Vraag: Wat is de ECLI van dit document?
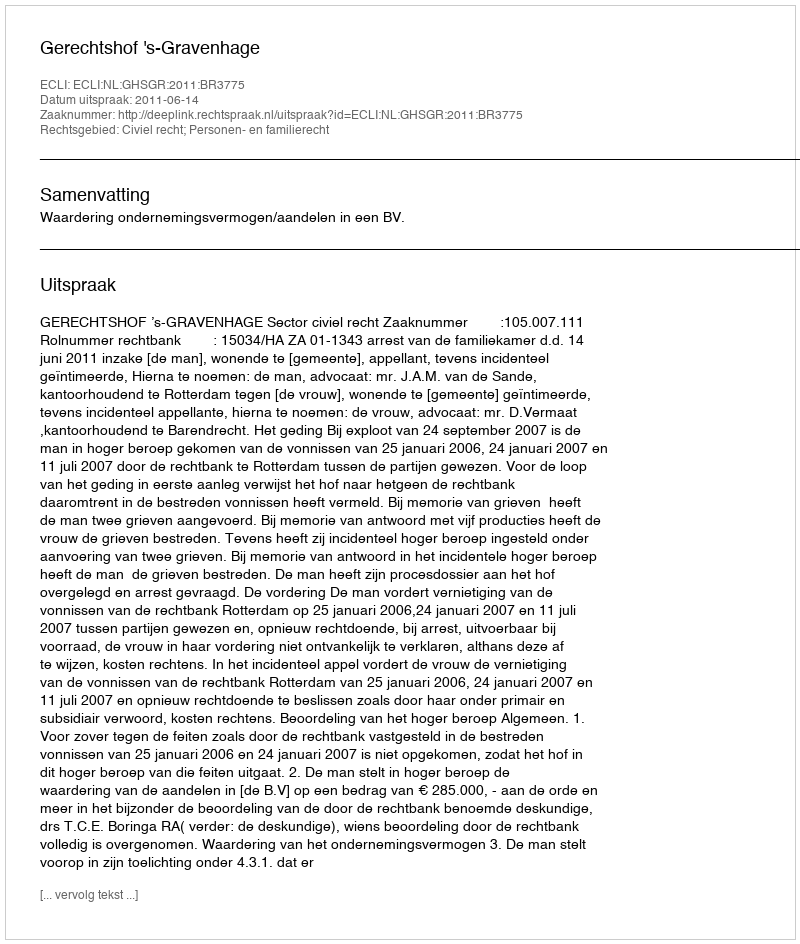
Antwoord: ECLI:NL:GHSGR:2011:BR3775